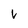
Character: v